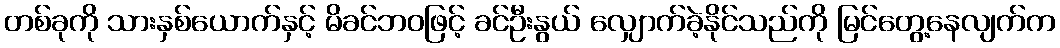
တစ်ခုကို သားနှစ်ယောက်နှင့် မိခင်ဘဝဖြင့် ခင်ဦးနွယ် လျှောက်ခဲ့နိုင်သည်ကို မြင်တွေ့နေလျက်က